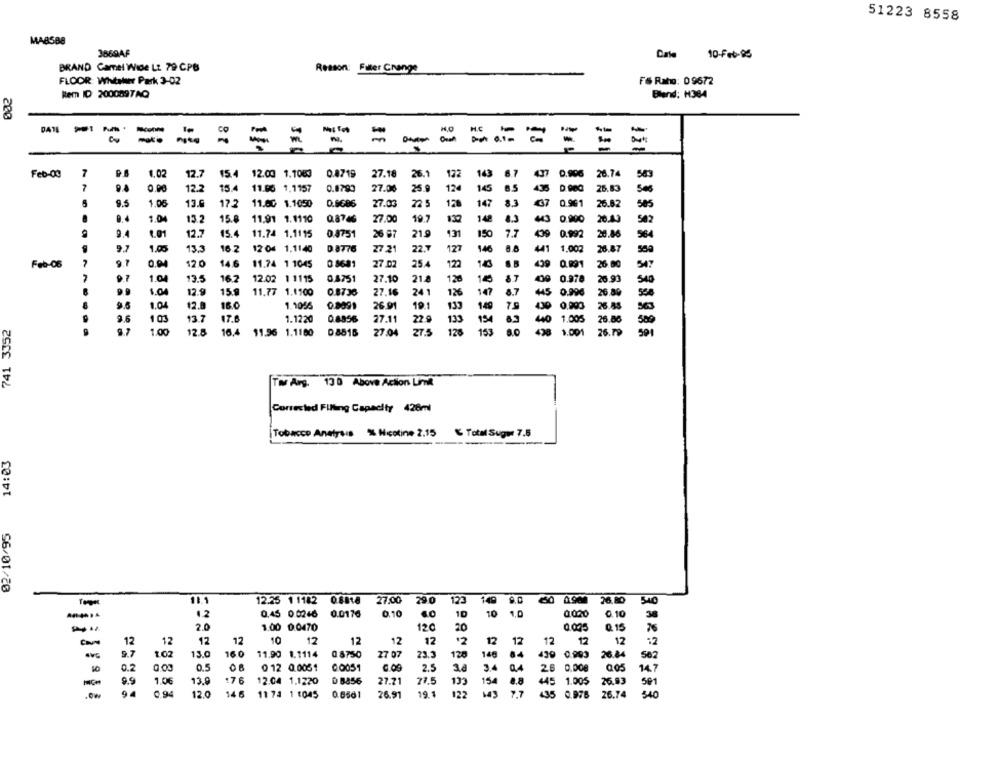
51223 8558
MABSBE
3869AF
10-Feb-95
BRAND Camel Wide Lt. 79 CPB
Resson: Filter Change
FLOOR: Whitaker Park 3-02
F& Rato: 09672
Rem ID 2000897AQ
Bland: H384
200
DATE I PUNS .
=
=
== =
=
= =
Feb-00
7
1.02
12.7
15.4
12.00 1.1083
0.8719
27.18
26.1
122
143
6.7
0,906
26.74
589
7
0.00
12.2
15.4
11.06 1.1157
0.8793
27.00
25.9
124
145
D.Dec
25.83
Ses
5
9.5
1.06
13.6
17.2
11.80 1.1050
0.6686
27.03
22 5
120
147
8.3
€7
0.901
26.82
585
8.4
1.04
13.2
15.0
11.91 1.1110
0.87.46
27.00
19.7
130
142
43 0.000
542
1.01
12.7
15.4
11.74 1.1115
0.4751
26 67
219
13
150
7.7
0.92
20.86
564
9.7
1.00
13.3
16.2
12 04 1.1140
D 8776
27.21
22.7
127
146
1.002
26.87
550
Feb-06
7
9.7
0.04
120
14.6
11.74 1 1045
0 8681
27 02
25.4
122
10
439 0.991
26.00
547
7
9.7
1.04
13.5
16.2
12.02 1 1115
0.4751
27.10
21.8
126
1€
09 0.978
26.93
540
9.9
1.04
12.9
15.
241
126
147
8.7
11.77 1.1100
0.8736
27.16
45
0.996
26.89
1.04
12.8
16.0
1.1056
0.8091
26.91
19
140
26.AS
0.990
741 3352
3.6
101
13.7
17.6
1.1220
27.11
22.0
133
154 63
440 1.005
26.86
500
9.7
1.00
12.8
16.4
11.96 1.1160
D 8816
27.04
27.5
126
153
8.0
428 1.001
26.79
Tw Arg. 130 Above Action Link
Corrected Filling Capacity 428ml
Tobacco Analysis % Nicotine 2.15 % Total Super 7.5
14:03
02/10/95
11.1
12.25 1 1182 0.8818
27.00
29 0
121
140
40 0.900
26.80
10
0.10
-
1.2
0.45 0.0246
0.0176
0.10
10
1.0
0000
30
2.0
1.00 0.0470
12C
20
Q 15
0.005
12
12
12
12
10
12
12
12
12
12
12
12
12
:2
9.7
13.0
16 0
11.90 1.1114
0.8750
27 0
128
140
84
439 0.993
26.4
10
0.2
0.5
0 12 0.0051
0.0051
0.09
2.5
38
3.4 0.4
26 0.000
14.7
1.0€
13.9
176
12.04 1.1220
D 8856
27.71
133
154
45 1.005
26.03
94
12.0
14 6
11 74 1 1045
0.6561
26.91
19 1
122
7.7
435 0.976
435
26.74
340